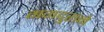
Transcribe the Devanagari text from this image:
मगदुराने